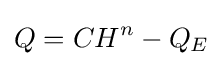
Q=CH^{n}-Q_{E}